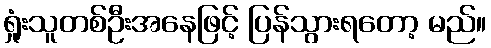
ရှုံးသူတစ်ဦးအနေဖြင့် ပြန်သွားရတော့ မည်။